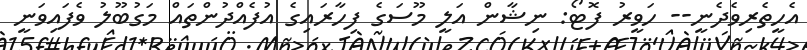
އެހީތެރިވެދެނީ-- ހަވީރު ފޮޓޯ: ނިޝާން އަލީ މޫސަގެ ފިހާރައިގެ އުފެއްދުންތައް މަގުބޫލު ވެފައިވަނީ